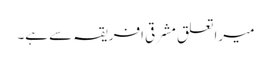
میرا تعلق مشرقی افریقہ سے ہے۔